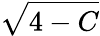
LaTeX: \sqrt{4-C}